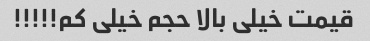
قیمت خیلی بالا حجم خیلی کم!!!!!